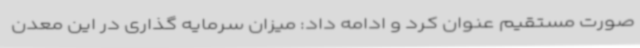
صورت مستقیم عنوان کرد و ادامه داد: میزان سرمایه گذاری در این معدن